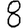
Digit: 8